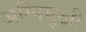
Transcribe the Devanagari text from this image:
अग्निमुखी